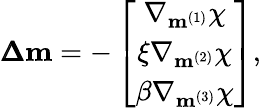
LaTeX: \pmb{\Delta}\mathbf{m}=-\left[\begin{array}{c}{\nabla_{\mathbf{m}^{(1)}}\chi}\\ {\xi\nabla_{\mathbf{m}^{(2)}}\chi}\\ {\beta\nabla_{\mathbf{m}^{(3)}}\chi}\end{array}\right],